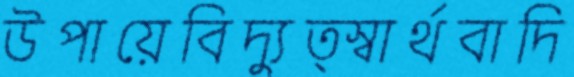
উপায়েবিদ্যুত্স্বার্থবাদি